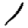
Digit: 1